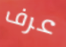
عرف